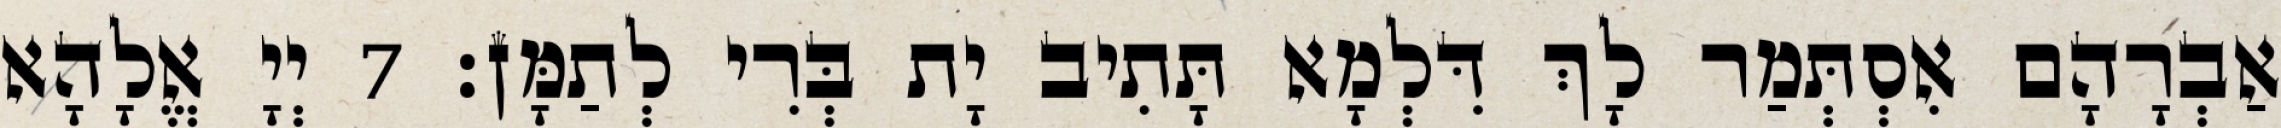
אַבְרָהָם אִסְתְּמַר לָךְ דִּלְמָא תָּתִיב יָת בְּרִי לְתַמָּן׃ 7 יְיָ אֱלָהָא